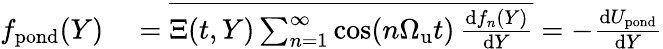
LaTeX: \begin{array}{rl}{f_{\mathrm{pond}}(Y)}&{{}=\overline{{\Xi(t,Y)\sum_{n=1}^{\infty}\cos(n{\Omega_{\mathrm{u}}}t)\, {\frac{\mathrm{d}f_{n}(Y)}{\mathrm{d}Y}}}}=-{\frac{\mathrm{d}U_{\mathrm{pond}}}{\mathrm{d}Y}}}\end{array}